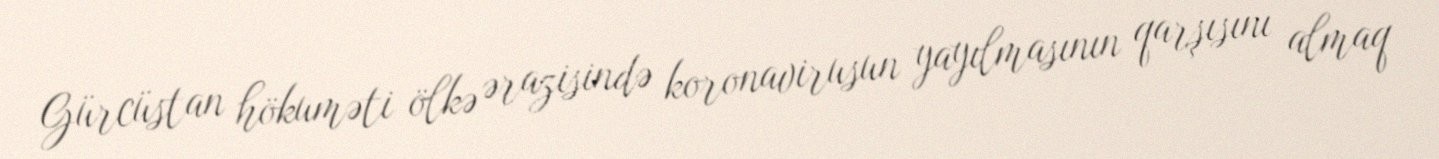
Gürcüstan hökuməti ölkə ərazisində koronavirusun yayılmasının qarşısını almaq